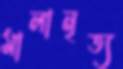
মালানৃত্য